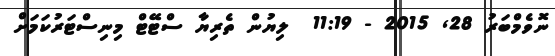
ނޮވެމްބަރު 28